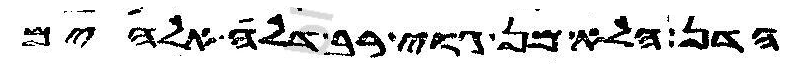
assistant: הדן הלא מן גוי רב דלה אלהים